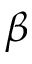
\beta